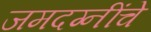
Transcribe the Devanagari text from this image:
जमदग्नींचे